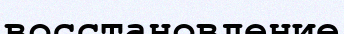
восстановление